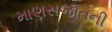
માણસજાતની